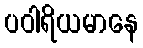
ပဝါရိယမာနေ